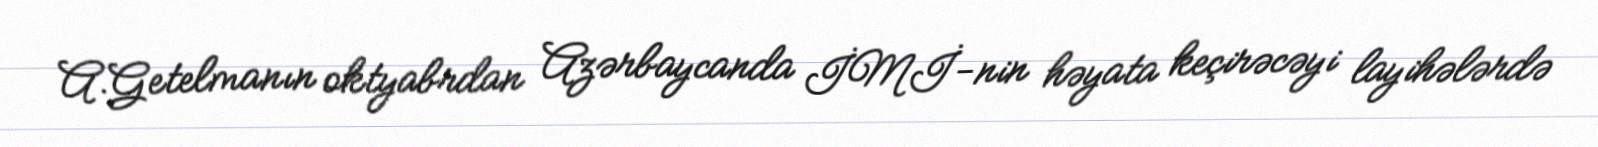
A.Getelmanın oktyabrdan Azərbaycanda İMİ-nin həyata keçirəcəyi layihələrdə